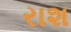
રાશ